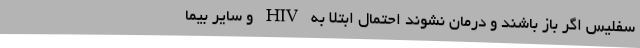
سفلیس اگر باز باشند و درمان نشوند احتمال ابتلا به HIV و سایر بیما